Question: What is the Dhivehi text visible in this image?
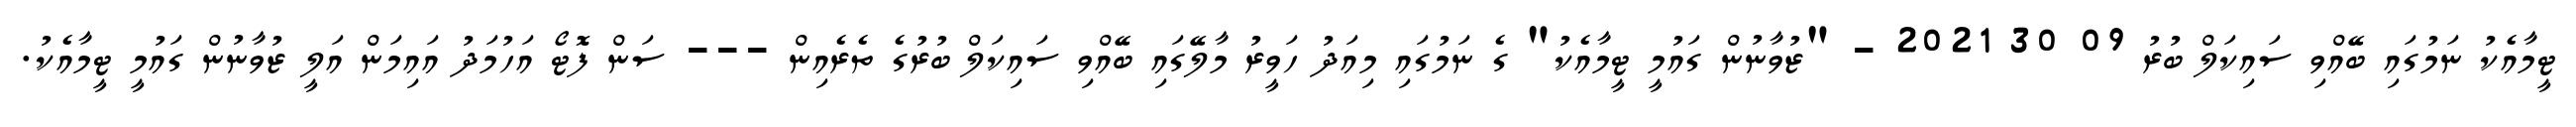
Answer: ޓީމާއެކު ނަމުގައި ބޭއްވި ސައިކަލް ބުރު 09 30 2021 - "ޒުވާނުން ގައުމީ ޓީމާއެކު" ގެ ނަމުގައި މިއަދު ހަވީރު މާލޭގައި ބޭއްވި ސައިކަލް ބުރުގެ ތެރެއިން --- ސަން ފޮޓޯ އަހުމަދު އައިމަން އަލީ ޒުވާނުން ގައުމީ ޓީމާއެކު.